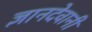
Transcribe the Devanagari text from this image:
ज्ञानदेवानी